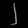
Digit: ၂